Burma Government Medical School reports 1923-41
Year: 1923
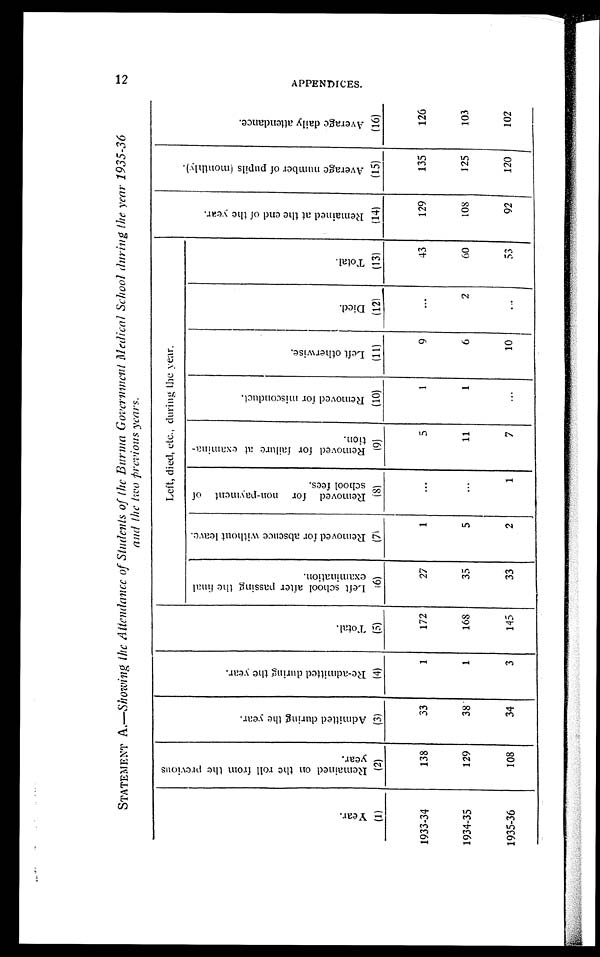
STATEMENT A.—Showing the Attendance of Students of the Burma Government Medical School during the year 1935-36
and the two previous year.
Year.(1)
R e m a i n e d o n t h e r o l l f r o m t h e p r e v i o u s y e a r . ( 2 )
A d m i t t e d d u r i n g t h e y e a r . ( 3 )
Re- admi t t ed dur i ng t he year . ( 4)
Total.(5)
Left, died, etc., during the year.
Re ma i nde d a t t he e nd of t he ye a r . ( 14)
Ave r a ge numbe r of pupi l s ( mont hl y. ( 15)
Aver age dai l y at t endence. ( 16)
L e f t s c h o o l a f t e r p a s s i n g t h e f i n a l e x a m i n a t i o n . ( 6 )
Re move d f or a bs e nc e wi t hout l e a ve . ( 7)
R e m o v e d f o r n o n - p a y m e n t o f s c h o o l f e e s . ( 8 )
R e m o v e d f o r f a i l u r e a t e x a m i n a t i o n . ( 9 )
R e m o v e d f o r m i s c o n d u c t . ( 1 0 )
L e f t o t h e r w i s e . ( 1 1 )
D i e d . ( 1 2 )
Total.(13)
1933-34
1 3 8
3 3
1
1 7 2
2 7
1
. . .
5
1
9
. . .
43
129
135
126
1934-35
1 2 9
3 8
1
1 6 8
3 5
5
. . .
1 1
1
6
2 60
108
125
103
1935-36
1 0 8
3 4
3
1 4 5
3 3
2
1
7
. . .
1 0
. . .
53
92
120
102
12
A P P E N D I C E S .